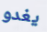
يغدو